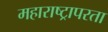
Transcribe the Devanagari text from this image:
महाराष्ट्रापरता